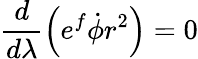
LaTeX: \frac{d}{d\lambda}\left(e^{f}\dot{\phi}r^{2}\right)=0